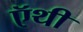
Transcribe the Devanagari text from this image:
ऍथी